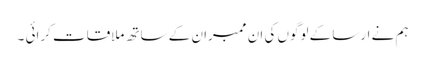
ہم نے ارسا کے لوگوں کی ان ممبران کے ساتھ ملاقات کرائی ۔